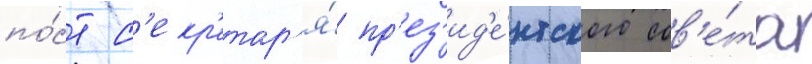
по́ст с'екр'етар'я́ пр'ез'ид'е́нтского сов'е́та